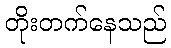
တိုးတက်နေသည်